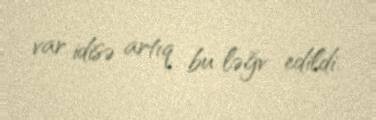
var idisə artıq bu ləğv edildi.